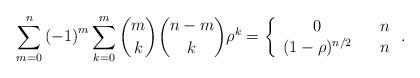
LaTeX: \begin{align*}\sum_{m=0}^{n}\left( -1\right) ^{m}\sum_{k=0}^{m}\binom{m}{k}\binom{n-m}{k}\rho ^{k}=\left\{ \begin{array}{ccc}0 & & n \\ (1-\rho )^{n/2} & & n\end{array}\right. . \end{align*}